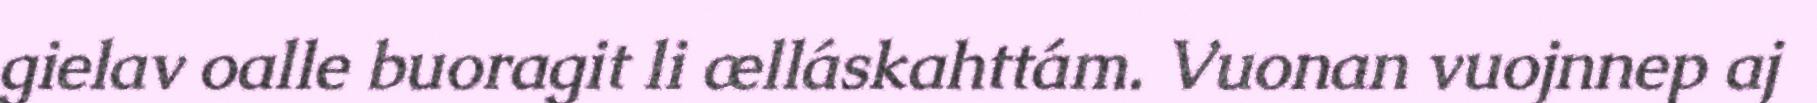
gielav oalle buoragit li ælláskahttám. Vuonan vuojnnep aj